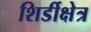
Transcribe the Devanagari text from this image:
शिर्डीक्षेत्र